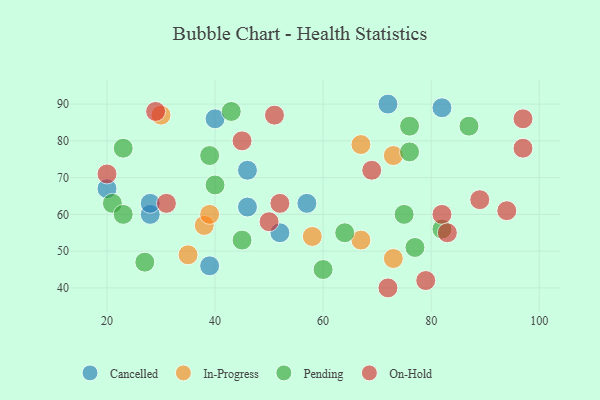
{"axis": {"x": "GDP", "y": "Life Expectancy"}, "legend": ["Cancelled", "In-Progress", "On-Hold", "Pending"], "data": [{"x": "46", "y": 72, "type": "Cancelled"}, {"x": "39", "y": 46, "type": "Cancelled"}, {"x": "72", "y": 90, "type": "Cancelled"}, {"x": "20", "y": 67, "type": "Cancelled"}, {"x": "46", "y": 62, "type": "Cancelled"}, {"x": "52", "y": 55, "type": "Cancelled"}, {"x": "28", "y": 60, "type": "Cancelled"}, {"x": "82", "y": 89, "type": "Cancelled"}, {"x": "57", "y": 63, "type": "Cancelled"}, {"x": "40", "y": 86, "type": "Cancelled"}, {"x": "28", "y": 63, "type": "Cancelled"}, {"x": "38", "y": 57, "type": "In-Progress"}, {"x": "73", "y": 48, "type": "In-Progress"}, {"x": "30", "y": 87, "type": "In-Progress"}, {"x": "67", "y": 53, "type": "In-Progress"}, {"x": "58", "y": 54, "type": "In-Progress"}, {"x": "39", "y": 60, "type": "In-Progress"}, {"x": "35", "y": 49, "type": "In-Progress"}, {"x": "67", "y": 79, "type": "In-Progress"}, {"x": "73", "y": 76, "type": "In-Progress"}, {"x": "60", "y": 45, "type": "Pending"}, {"x": "76", "y": 77, "type": "Pending"}, {"x": "87", "y": 84, "type": "Pending"}, {"x": "23", "y": 78, "type": "Pending"}, {"x": "21", "y": 63, "type": "Pending"}, {"x": "45", "y": 53, "type": "Pending"}, {"x": "64", "y": 55, "type": "Pending"}, {"x": "82", "y": 56, "type": "Pending"}, {"x": "76", "y": 84, "type": "Pending"}, {"x": "27", "y": 47, "type": "Pending"}, {"x": "75", "y": 60, "type": "Pending"}, {"x": "40", "y": 68, "type": "Pending"}, {"x": "39", "y": 76, "type": "Pending"}, {"x": "43", "y": 88, "type": "Pending"}, {"x": "23", "y": 60, "type": "Pending"}, {"x": "77", "y": 51, "type": "Pending"}, {"x": "97", "y": 78, "type": "On-Hold"}, {"x": "82", "y": 60, "type": "On-Hold"}, {"x": "51", "y": 87, "type": "On-Hold"}, {"x": "52", "y": 63, "type": "On-Hold"}, {"x": "50", "y": 58, "type": "On-Hold"}, {"x": "29", "y": 88, "type": "On-Hold"}, {"x": "31", "y": 63, "type": "On-Hold"}, {"x": "79", "y": 42, "type": "On-Hold"}, {"x": "89", "y": 64, "type": "On-Hold"}, {"x": "69", "y": 72, "type": "On-Hold"}, {"x": "72", "y": 40, "type": "On-Hold"}, {"x": "45", "y": 80, "type": "On-Hold"}, {"x": "20", "y": 71, "type": "On-Hold"}, {"x": "97", "y": 86, "type": "On-Hold"}, {"x": "83", "y": 55, "type": "On-Hold"}, {"x": "94", "y": 61, "type": "On-Hold"}]}